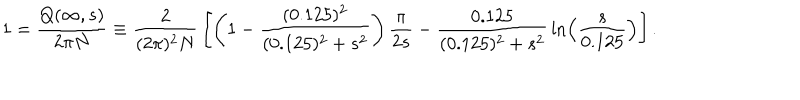
1 = { \frac { Q ( \infty , s ) } { 2 \pi N } } \equiv { \frac { 2 } { ( 2 \pi ) ^ { 2 } N } } \left[ \left( 1 - { \frac { ( 0 . 1 2 5 ) ^ { 2 } } { ( 0 . 1 2 5 ) ^ { 2 } + s ^ { 2 } } } \right) { \frac { \pi } { 2 s } } - { \frac { 0 . 1 2 5 } { ( 0 . 1 2 5 ) ^ { 2 } + s ^ { 2 } } } \ln \left( { \frac { s } { 0 . 1 2 5 } } \right) \right] .